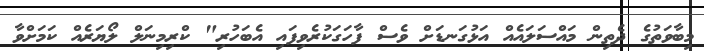
މިބާވަތުގެ ދެތިން މައްސަލައެއް އަޅުގަނޑަށް ވެސް ފާހަގަކުރެވިފައި އެބަހުރި" ކްރިމިނަލް ލޯޔަރެއް ކަމަށްވާ